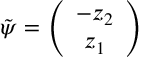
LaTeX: \tilde { \psi } = \left( \begin{array} { c } { { - z _ { 2 } } } \\ { { z _ { 1 } } } \end{array} \right)